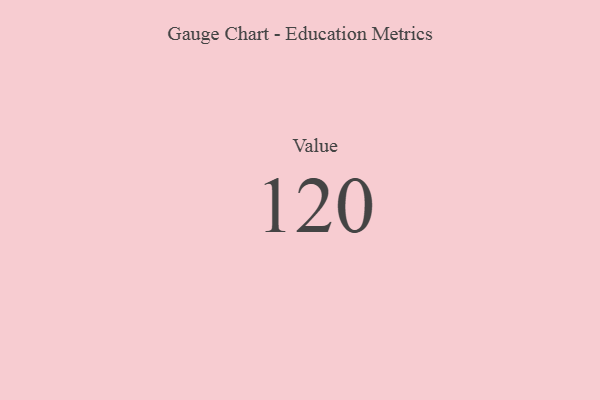
{"axis": {"x": "Metric", "y": "Value"}, "legend": [""], "data": [{"x": "Value", "y": 120, "type": ""}]}